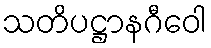
သတိပဋ္ဌာနဂီဝေါ